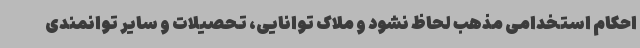
احکام استخدامی مذهب لحاظ نشود و ملاک توانایی، تحصیلات و سایر توانمندی